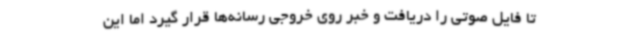
تا فایل صوتی را دریافت و خبر روی خروجی رسانه‌ها قرار گیرد اما این